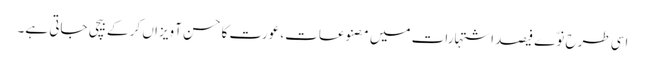
اسی طرح نوّے فیصد اشتہارات میں مصنوعات، عورت کا حسن آویزاں کر کے بیچی جاتی ہے۔